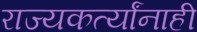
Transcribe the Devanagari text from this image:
राज्यकर्त्यांनाही